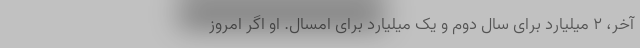
آخر، ۲ میلیارد برای سال دوم و یک میلیارد برای امسال. او اگر امروز